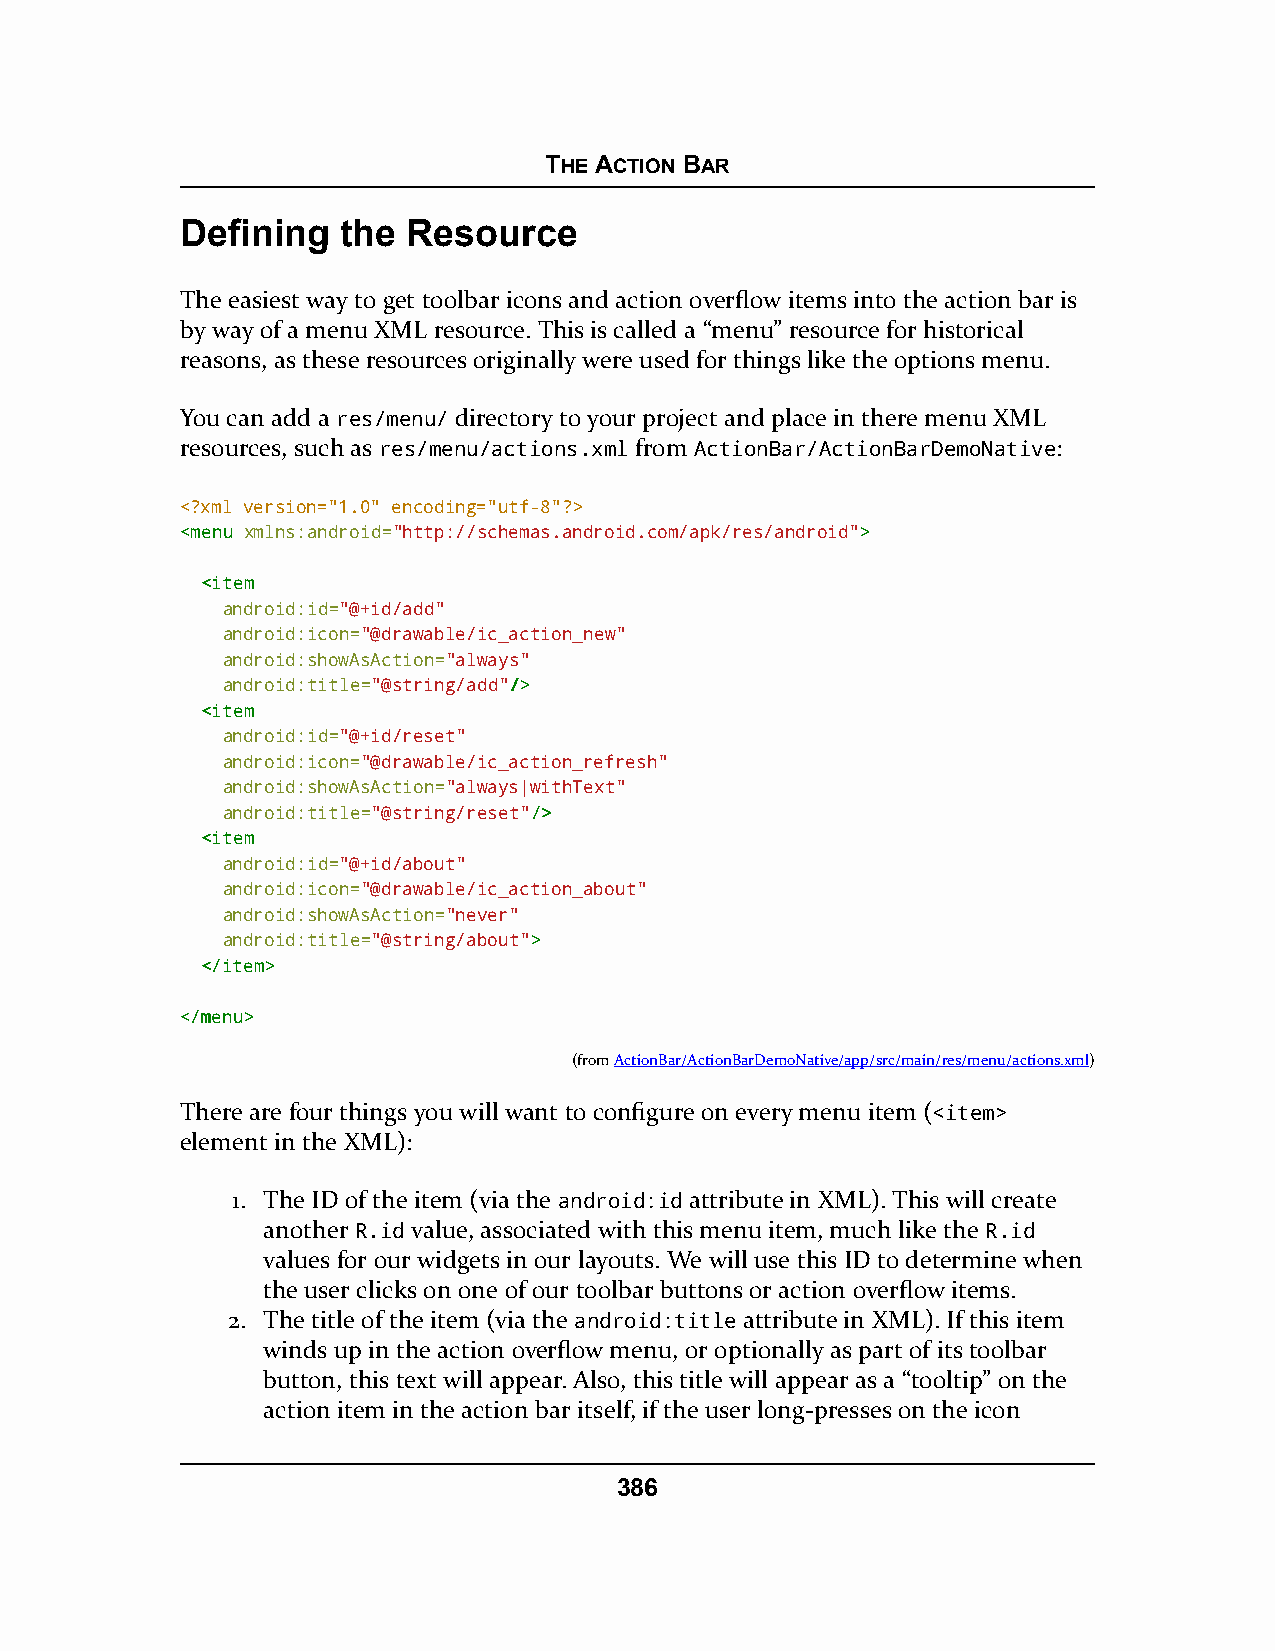
THE ACTION BAR
 Defining   the Resource
 The easiest way to get toolbar icons and action overflow items into the action bar is
 by way of a menu XML resource. This is called a “menu” resource for historical
 reasons, as these resources originally were used for things like the options menu.
 You can add a res/menu/ directory to your project and place in there menu XML
 resources, such as res/menu/actions.xml from ActionBar/ActionBarDemoNative:
 <?xml version="1.0" encoding="utf-8"?>
 <<mmeennuu xmlns:android="http://schemas.android.com/apk/res/android">>
 <<iitteemm
 android:id="@+id/add"
 android:icon="@drawable/ic_action_new"
 android:showAsAction="always"
 android:title="@string/add"//>>
 <<iitteemm
 android:id="@+id/reset"
 android:icon="@drawable/ic_action_refresh"
 android:showAsAction="always|withText"
 android:title="@string/reset"//>>
 <<iitteemm
 android:id="@+id/about"
 android:icon="@drawable/ic_action_about"
 android:showAsAction="never"
 android:title="@string/about">>
 <<//iitteemm>>
 <<//mmeennuu>>
 (fromActionBar/ActionBarDemoNative/app/src/main/res/menu/actions.xml)
 There are four things you will want to configure on every menu item (<item>
 element in the XML):
 1. The ID of the item (via the android:id attribute in XML). This will create
 another R.id value, associated with this menu item, much like the R.id
 values for our widgets in our layouts. We will use this ID to determine when
 the user clicks on one of our toolbar buttons or action overflow items.
 2. The title of the item (via the android:title attribute in XML). If this item
 winds up in the action overflow menu, or optionally as part of its toolbar
 button, this text will appear. Also, this title will appear as a “tooltip” on the
 action item in the action bar itself, if the user long-presses on the icon
 386